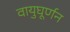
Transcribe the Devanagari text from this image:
वायुघूर्णन